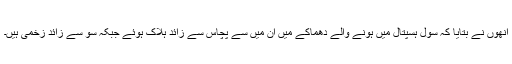
انھوں نے بتایا کہ سول ہسپتال میں ہونے والے دھماکے میں ان میں سے پچاس سے زائد ہلاک ہوئے جبکہ سو سے زائد زخمی ہیں۔